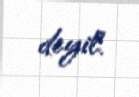
deyil.